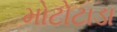
મોટોટાડા